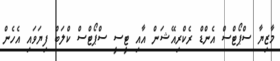
މާޒިޔާ ސްޕޯޓްސް އެންޑް ރެކްރިއޭޝަން އާއި ޓީސީ ސްޕޯޓްސް ކްލަބް ފިޔަވައި އެހެން